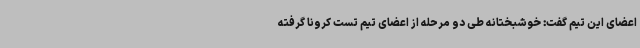
اعضای این تیم گفت: خوشبختانه طی دو مرحله از اعضای تیم تست کرونا گرفته